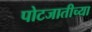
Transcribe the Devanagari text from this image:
पोटजातीच्या